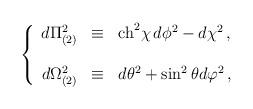
LaTeX: \begin{align*}\left\{ \begin{array}{rcl}d\Pi_{(2)}^{2} & \equiv & {\rm ch}^{2}\chi\, d\phi^{2}-d\chi^{2}\, , \\& & \\d\Omega_{(2)}^{2} & \equiv & d\theta^{2}+\sin^{2}{\theta}d\varphi^{2}\, ,\\ \end{array}\right.\end{align*}